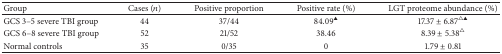
| Group | Cases (n) | Positive proportion | Positive rate (%) | LGT proteome abundance (%) |
 | --- | --- | --- | --- | --- |
 | GCS 3–5 severe TBI group | 44 | 37/44 | 84.09▲ | 17.37 ± 6.87△▲ |
 | GCS 6–8 severe TBI group | 52 | 21/52 | 38.46 | 8.39 ± 5.38△ |
 | Normal controls | 35 | 0/35 | 0 | 1.79 ± 0.81 |